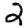
Digit: 2